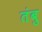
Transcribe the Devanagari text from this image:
तंबु